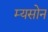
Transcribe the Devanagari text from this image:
म्यसोन